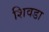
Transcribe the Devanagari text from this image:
शिवडा